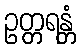
ဥတ္တရန္တံ